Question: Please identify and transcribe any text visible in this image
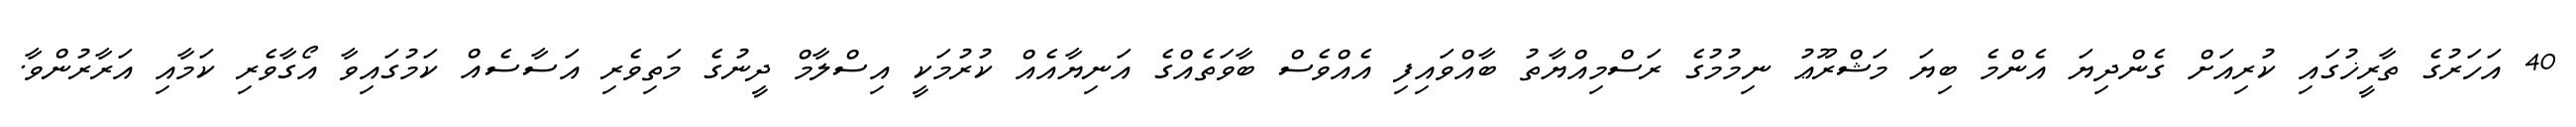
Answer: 40 އަހަރުގެ ތާރީޚުގައި ކުރިއަށް ގެންދިޔަ އެންމެ ބިޔަ މަޝްރޫޢު ނިމުމުގެ ރަސްމިއްޔާތު ބާއްވައިފި އެއްވެސް ބާވަތެއްގެ އަނިޔާއެއް ކުރުމަކީ އިސްލާމް ދީނުގެ މަތިވެރި އަސާސެއް ކަމުގައިވާ އޯގާވެރި ކަމާއި އަރާރުންވާ.